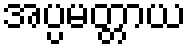
အပ္ပမတ္တာယ